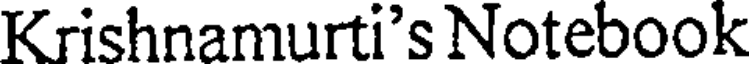
Krishnamurti's Notebook